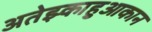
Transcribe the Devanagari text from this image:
अतेझ्काहुआकान